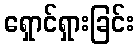
ရှောင်ရှားခြင်း